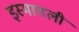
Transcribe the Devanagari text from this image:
इस्मायली